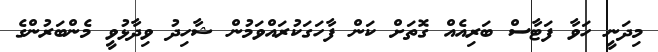
މިދަނީ ހަވާ ފަޓާސް ބަރިއެއް ގޮތަށް ކަން ފާހަގަކުރައްވަމުން ޝާހިދު ވިދާޅުވީ މެންބަރުންގެ